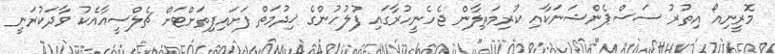
މޮރީނިއޯ އިތުރު ސަސްޕެންޝަނަކާއި ކުރިމަތިލާން ޖެހެނީހުރާގައި ފުލުހުންގެ ޚިދުމަތް ފަށައިފިތަށްޓަށް ޗެލްސީއާއެކު ވާދަކުރަނީ